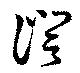
證